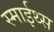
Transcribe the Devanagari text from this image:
स्माईथ्स